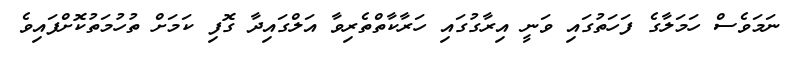
ނަމަވެސް ހަމަލާގެ ފަހަތުގައި ވަނީ އިރާގުގައި ހަރާކާތްތެރިވާ އަލްގައިދާ ގޮފި ކަމަށް ތުހުމަތުކޮށްފައިވެ